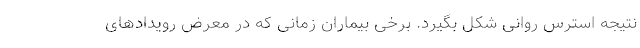
نتیجه استرس روانی شکل بگیرد. برخی بیماران زمانی که در معرض رویدادهای